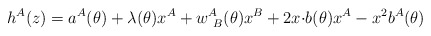
\begin{align*}h^{A}(z)=a^{A}(\theta)+\lambda(\theta)x^{A}+w^{A}_{~B}(\theta)x^{B}+2x{\cdot b}(\theta)x^{A}-x^{2}b^{A}(\theta)\end{align*}